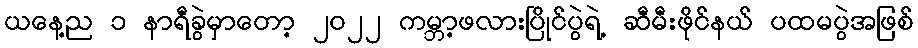
ယနေ့ည ၁ နာရီခွဲမှာတော့ ၂၀၂၂ ကမ္ဘာ့ဖလားပြိုင်ပွဲရဲ့ ဆီမီးဖိုင်နယ် ပထမပွဲအဖြစ်